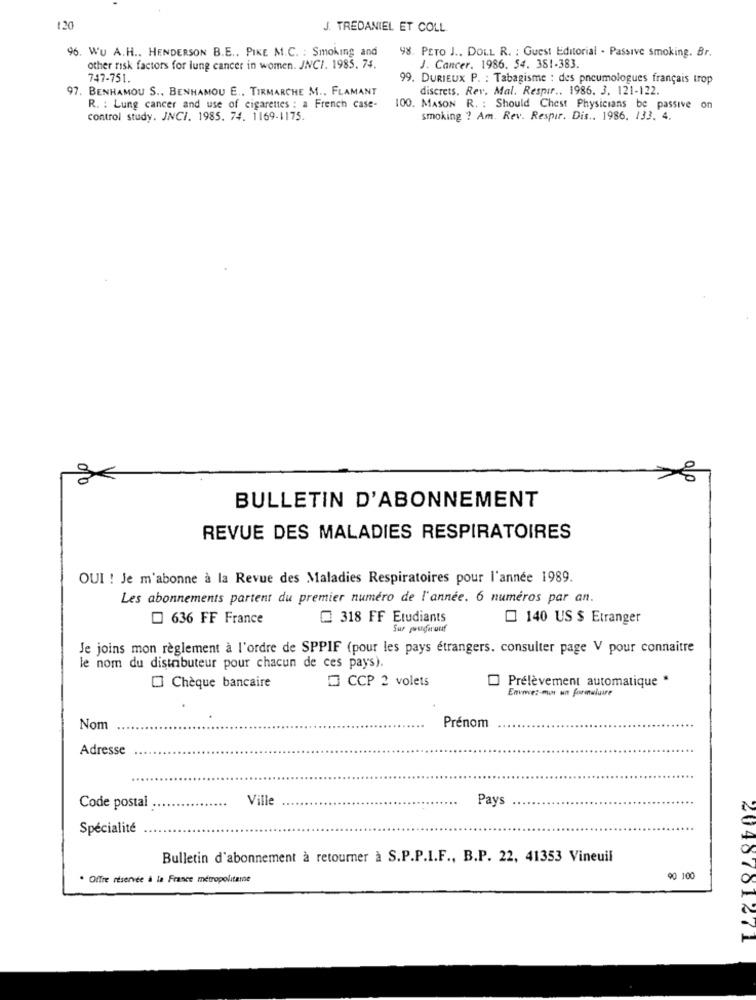
120
J. TREDANIEL ET COLL.
96. WU A.H .. HENDERSON B.E ., PIKE M.C. : Smoking and
98. PETO J .. DOLL R. : Guest Editorial . Passive smoking. Br.
other risk factors for lung cancer in women. JNCI. 1985. 74.
J. Cancer. 1986. 54. 381-383.
747-751.
99. DURIEUX P. : Tabagisme : des pneumologues français trop
97. BENHAMOU S ., BENHAMOU E .. TIRMARCHE M ., FLAMANT
discrets. Rev. Mal. Respir .. 1986. 3. 121-122.
R. : Lung cancer and use of cigarettes : a French case-
100. MASON R. : Should Chest Physicians be passive on
control study. JNCI. 1985. 74. 1169-1175.
smoking ? Am. Rev. Respir. Dis .. 1986. 133. 4.
10
BULLETIN D'ABONNEMENT
REVUE DES MALADIES RESPIRATOIRES
OUI ! Je m'abonne à la Revue des Maladies Respiratoires pour l'année 1989.
Les abonnements partent du premier numéro de l'année. 6 numéros par an.
636 FF France
318 FF Etudiants
140 US $ Etranger
Sur youngerouf
Je joins mon règlement à l'ordre de SPPIF (pour les pays étrangers. consulter page V pour connaitre
le nom du distributeur pour chacun de ces pays).
@ CCP 2 volets
Prélèvement automatique *
O] Chèque bancaire
Envives-mor un formaluire
Nom
Prénom
Adresse
Ville
Pays
Code postal
Spécialité
Bulletin d'abonnement à retourner à S.P.P.I.F ., B.P. 22, 41353 Vineuil
. Offre réservée à la France métropolitaine
90 100
2048701271